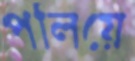
পলিয়ে